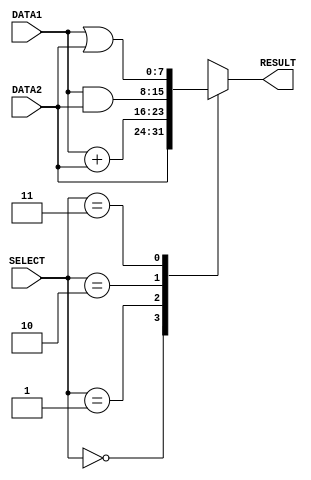
module alu(DATA1,DATA2,RESULT,SELECT);

input  [7:0] DATA1,DATA2;		// ALU  Inputs 
input  [2:0] SELECT;			// ALU Selection
output [7:0] RESULT;			// ALU 8-bit Output
reg RESULT;				

always @(DATA1,DATA2,SELECT)

begin

case(SELECT)
	3'b000: #1 RESULT = DATA2;			//FORWARD	
	3'b001: #2 RESULT = DATA1 + DATA2;	//ADD
	3'b010: #1 RESULT = DATA1 & DATA2;  //AND
	3'b011: #1 RESULT = DATA1 | DATA2;  //OR
    default:RESULT=8'bx;			    //RESERVED
       

endcase
end
endmodule